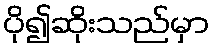
ပို၍ဆိုးသည်မှာ